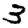
Digit: 3